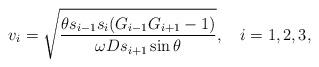
LaTeX: \begin{align*}v_i=\sqrt{\frac{\theta s_{i-1}s_i(G_{i-1}G_{i+1}-1)}{\omega Ds_{i+1}\sin\theta}},\quad i=1,2,3,\end{align*}